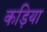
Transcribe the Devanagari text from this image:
कड़िया